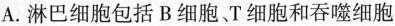
A.淋巴细胞包括B细胞、T细胞和吞噬细胞